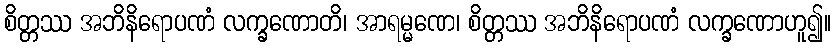
စိတ္တဿ အဘိနိရောပဏံ လက္ခဏောတိ၊ အာရမ္မဏေ၊ စိတ္တဿ အဘိနိရောပဏံ လက္ခဏောဟူ၍။